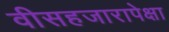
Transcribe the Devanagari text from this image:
वीसहजारापेक्षा